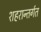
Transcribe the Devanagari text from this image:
शहरान्तर्गत